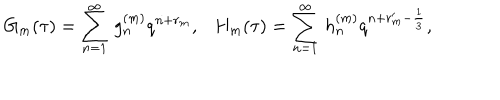
LaTeX: G _ { m } ( \tau ) = \sum _ { n = 1 } ^ { \infty } \, g _ { n } ^ { ( m ) } q ^ { n + r _ { m } } , H _ { m } ( \tau ) = \sum _ { n = 1 } ^ { \infty } \, h _ { n } ^ { ( m ) } q ^ { n + r _ { m } ^ { \prime } - \frac { 1 } { 3 } } ,